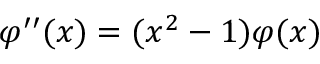
\varphi ^ { \prime \prime } ( x ) = ( x ^ { 2 } - 1 ) \varphi ( x )